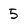
Character: 5